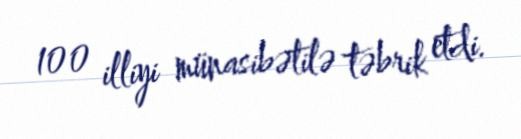
100 illiyi münasibətilə təbrik etdi.